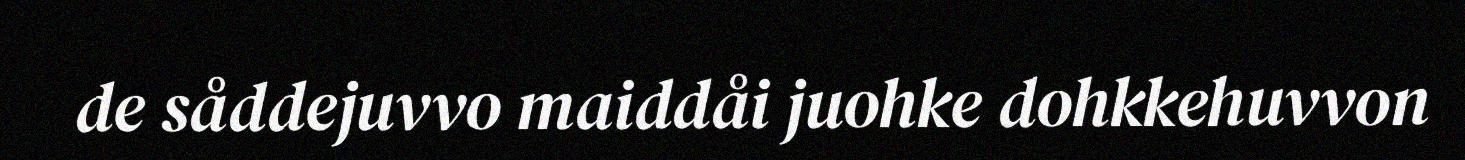
de såddejuvvo maiddåi juohke dohkkehuvvon